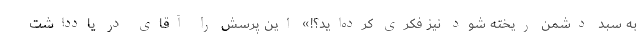
به سبد دشمن ریخته شود نیز فکری کرده‌اید؟!» این پرسش را آقای در یادداشت